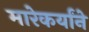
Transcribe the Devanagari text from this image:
मारेकर्यांने